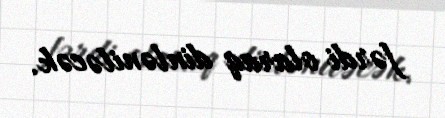
fərdi olaraq dinləniləcək.